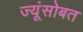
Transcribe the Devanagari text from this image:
ज्यूंसोबत